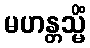
မဟန္တသ္မိံ